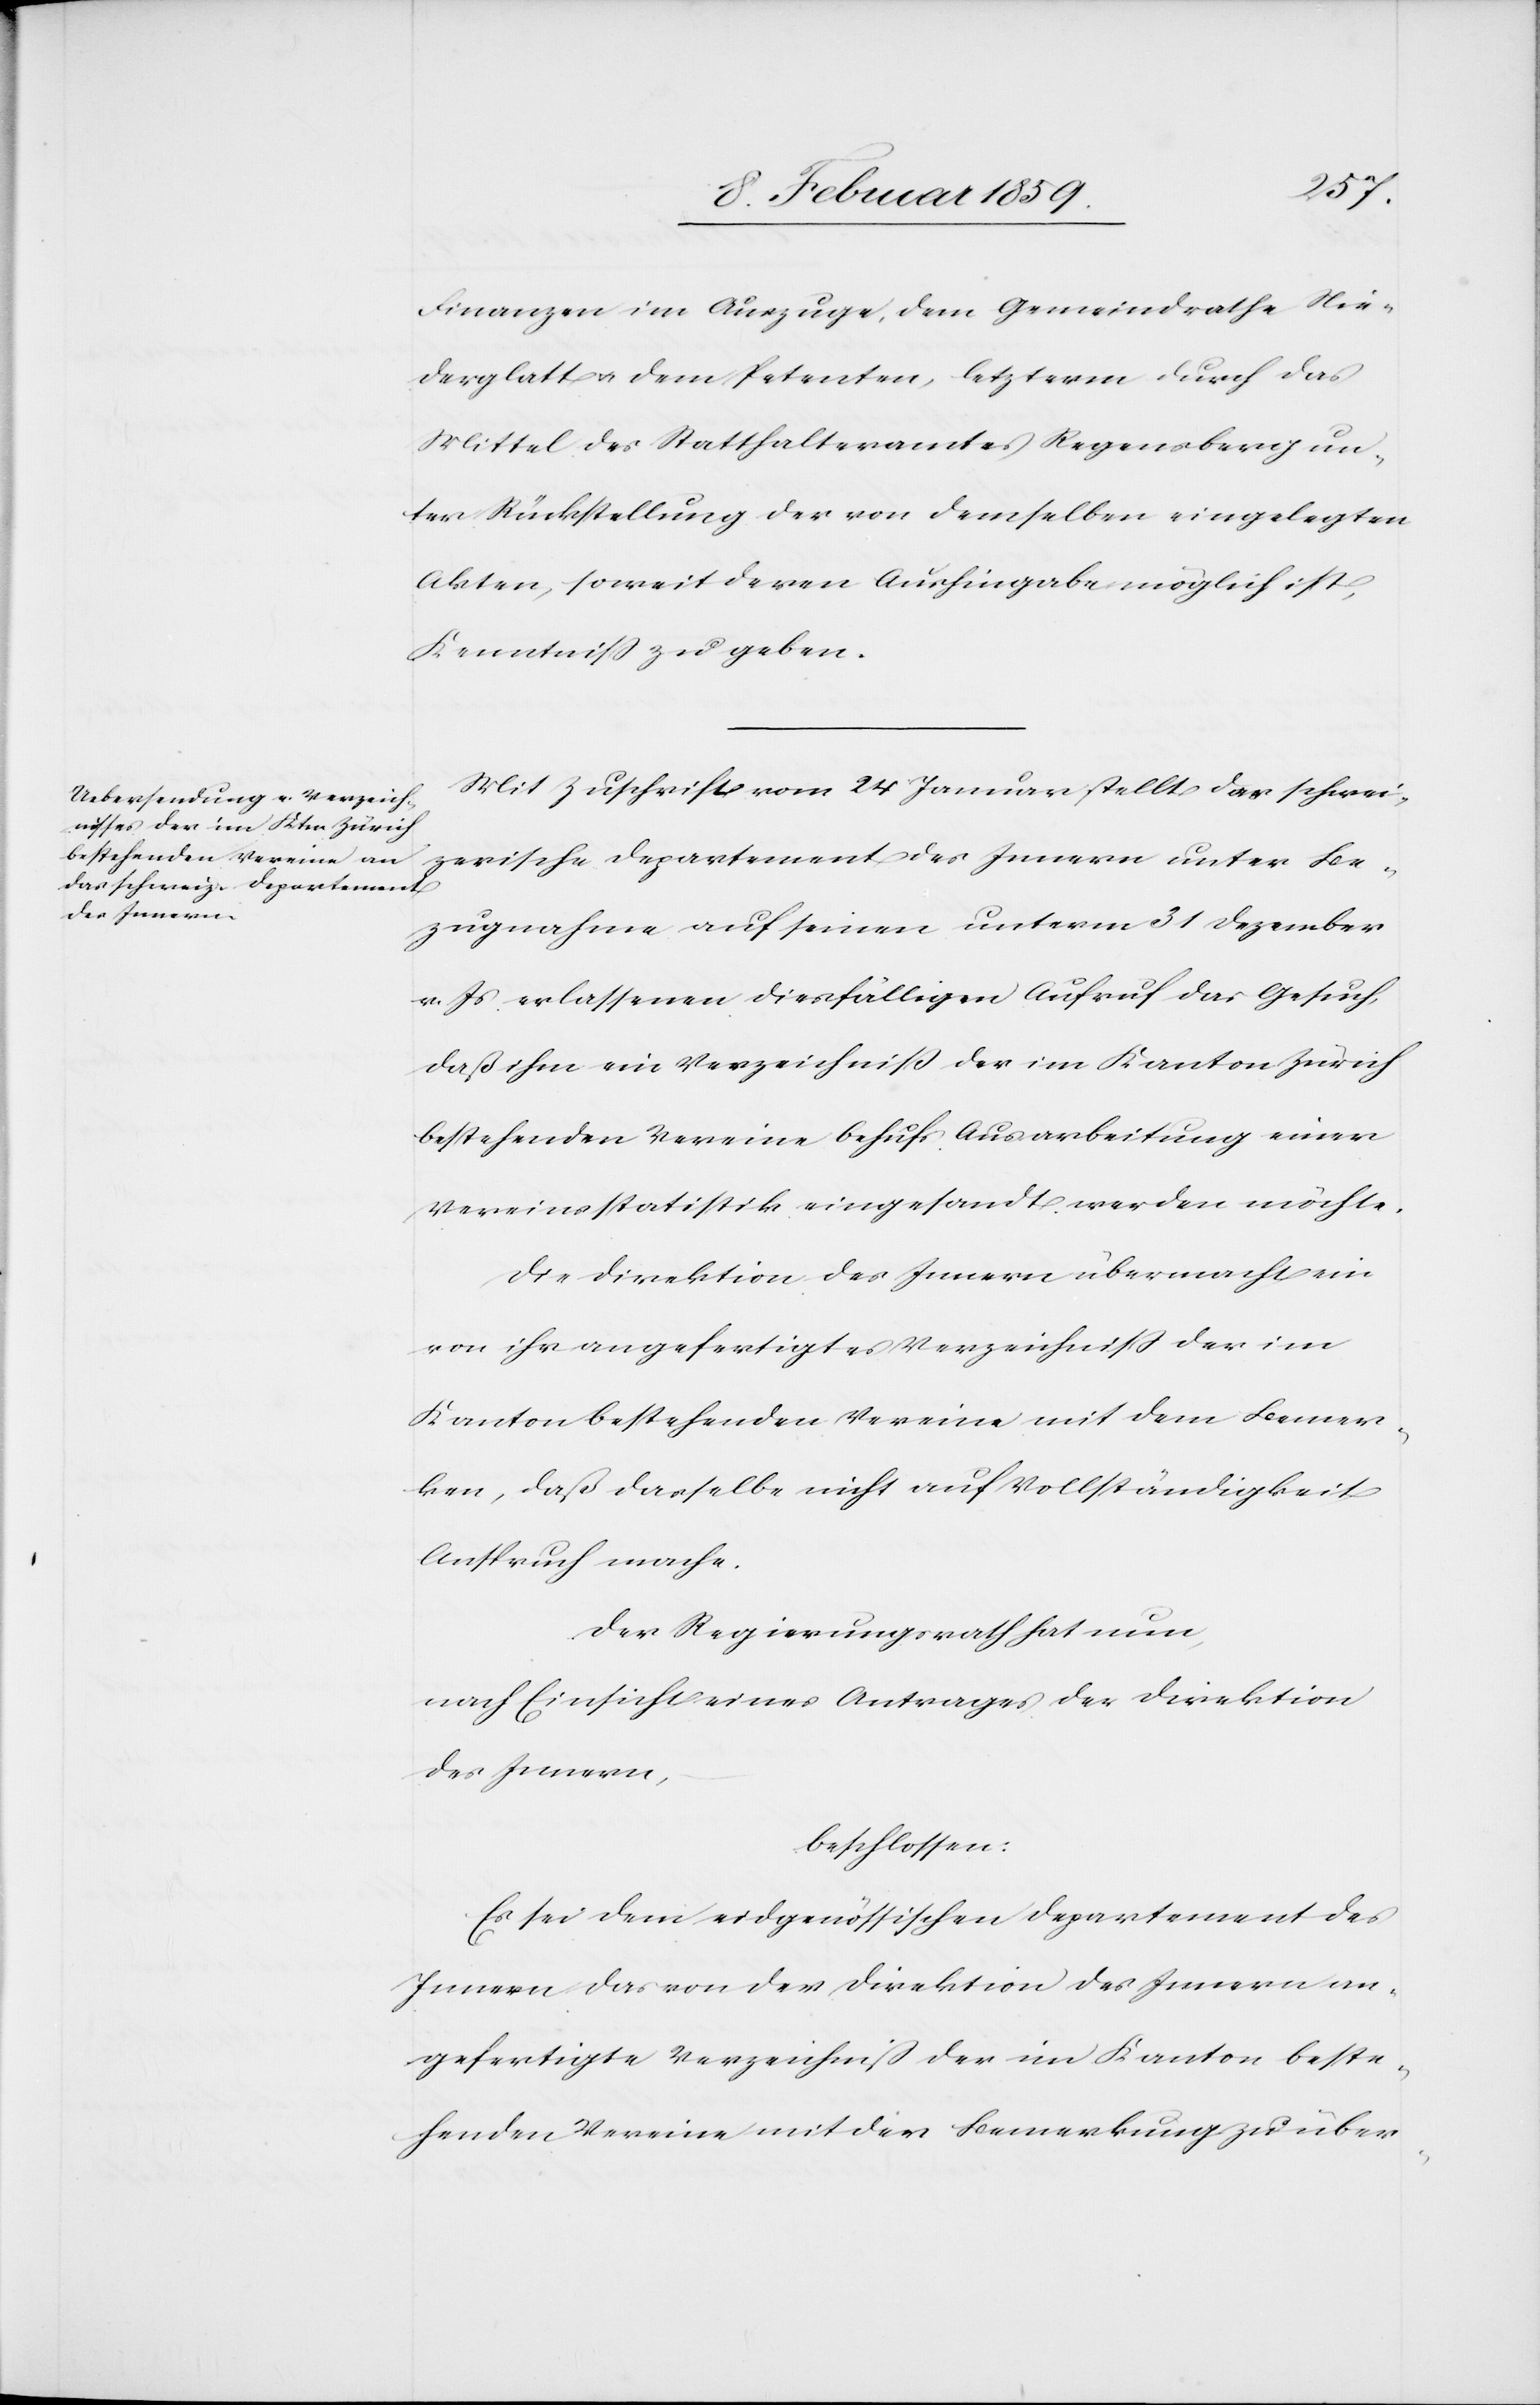
Finanzen im Auszuge, dem Gemeindrathe Nie¬
derglatt u. dem Petenten, letzterm durch das
Mittel des Statthalteramtes Regensberg un¬
ter Rückstellung der von demselben eingelegten
Akten, soweit deren Aushingabe möglich ist,
Kenntniß zu geben.
Mit Zuschrift vom 24 Januar stellt das schwei¬
zerische Departement des Innern unter Be¬
zugnahme auf seinen unterm 31 Dezember
v. Js. erlassenen diesfälligen Aufruf das Gesuch,
daß ihm ein Verzeichniß der im Kanton Zürich
bestehenden Vereine behufs Ausarbeitung einer
Vereinsstatistik eingesandt werden möchte.
Die Direktion des Innern übermacht ein
von ihr angefertigtes Verzeichniß der im
Kanton bestehenden Vereine mit dem Bemer¬
ken, daß dasselbe nicht auf Vollständigkeit
Anspruch mache.
Der Regierungsrath hat nun,
nach Einsicht eines Antrages der Direktion
des Innern,
beschlossen:
Es sei dem eidgenössischen Departement des
Innern das von der Direktion des Innern an¬
gefertigte Verzeichniß der im Kanton beste¬
henden Vereine mit der Bemerkung zu über-